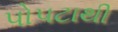
પોપટાથી